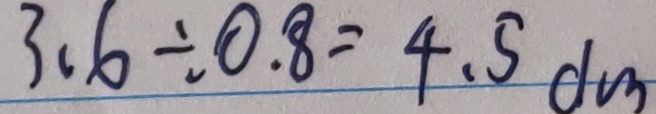
3 . 6 \div 0 . 8 = 4 . 5 d m